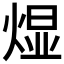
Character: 𬊭